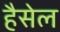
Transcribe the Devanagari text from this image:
हैसेल